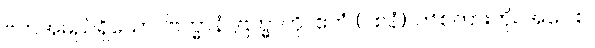
ဗကအမည်ရှိသော။ ဗြဟ္မာနံ၊ ဗြဟ္မာကို။ ဧတံ (ဝစနံ)၊ ဤစကားကို။ အဝေါစ၊